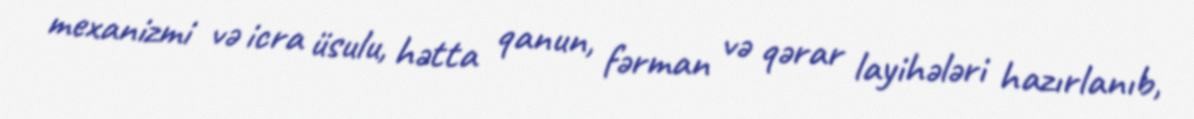
mexanizmi və icra üsulu, hətta qanun, fərman və qərar layihələri hazırlanıb,